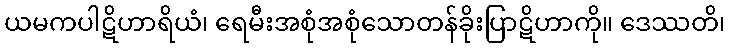
ယမကပါဋိဟာရိယံ၊ ရေမီးအစုံအစုံသောတန်ခိုးပြာဋိဟာကို။ ဒေဿတိ၊